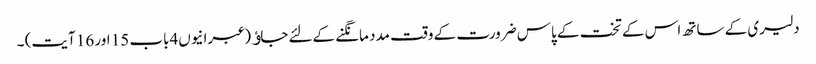
دلیری کے ساتھ اس کے تخت کے پاس ضرورت کے وقت مدد مانگنے کےلئے جاﺅ (عبرانیوں4باب 15 اور 16 آیت) ۔